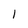
Character: l